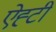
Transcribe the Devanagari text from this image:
ऐह्टी